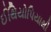
ઈથિયોપિયાથી